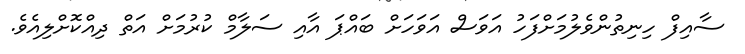
ސާއިފް ހިނިތުންވެލުމަށްފަހު އަވަސް އަވަހަށް ބައްޕަ އާއި ސަލާމް ކުރުމަށް އަތް ދިއްކޮށްލިއެވެ.